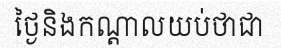
ថ្ងៃនិងកណ្តាលយប់ថាជា